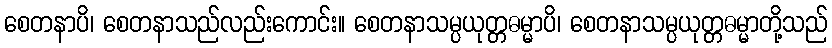
စေတနာပိ၊ စေတနာသည်လည်းကောင်း။ စေတနာသမ္ပယုတ္တဓမ္မာပိ၊ စေတနာသမ္ပယုတ္တဓမ္မာတို့သည်